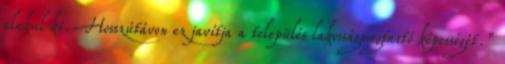
alakul ki. Hosszútávon ez javítja a település lakosságmegtartó képességét.”